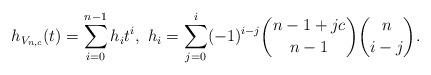
LaTeX: \begin{align*}h_{V_{n,c}}(t)=\sum_{i=0}^{n-1}h_it^i, ~ h_i=\sum_{j= 0}^i(-1)^{i-j}\binom{n-1+jc}{n-1}\binom{n}{i-j}.\end{align*}